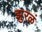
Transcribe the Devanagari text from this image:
झुरळं